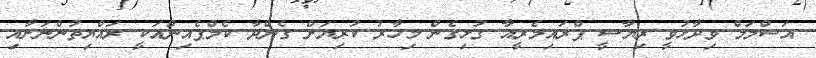
އަސްލަމް ވިދާޅުވީ ރިޔާސީ ޕްރައިމެރީއާ ގުޅިގެން މިހާރު ކުރިޔަށް ގެންދާ ކެމްޕެއިންއަކީ ރައްޔިތުންނަށާއި